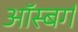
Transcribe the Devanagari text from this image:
ऑस्बर्ग